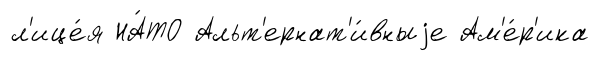
л'ице́я НА́ТО Альт'ернат'и́вныjе Ам'е́р'ика